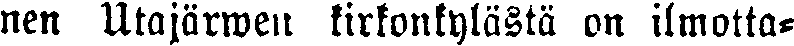
nen Utajärwen kirkonkylästä on ilmotta-